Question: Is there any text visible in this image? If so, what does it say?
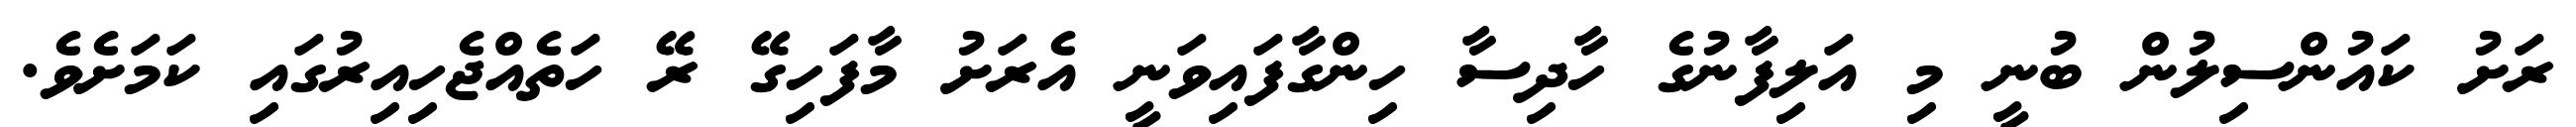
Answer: ރަށު ކައުންސިލުން ބުނީ މި އަލިފާނުގެ ހާދިސާ ހިންގާފައިވަނީ އެރަށު މާފަހިގޭ ރޭ ހަތެއްޖެހިއިރުގައި ކަމަށެވެ.